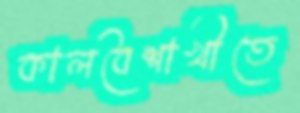
কালবৈশাখীতে